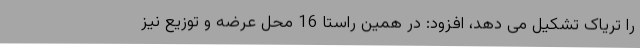
را تریاک تشکیل می دهد، افزود: در همین راستا 16 محل عرضه و توزیع نیز